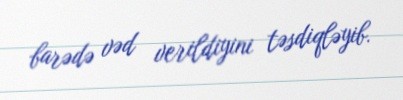
barədə vəd verildiyini təsdiqləyib.